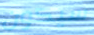
سيكون